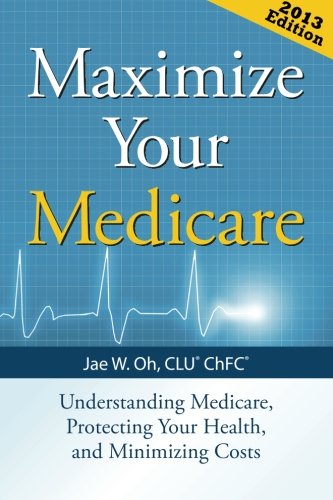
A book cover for Maximize Your Medicare: Understanding Medicare, Protecting Your Health, and Minimizing Costs; Jae W. Oh, CLU(r) ChFC(r); Medical Books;